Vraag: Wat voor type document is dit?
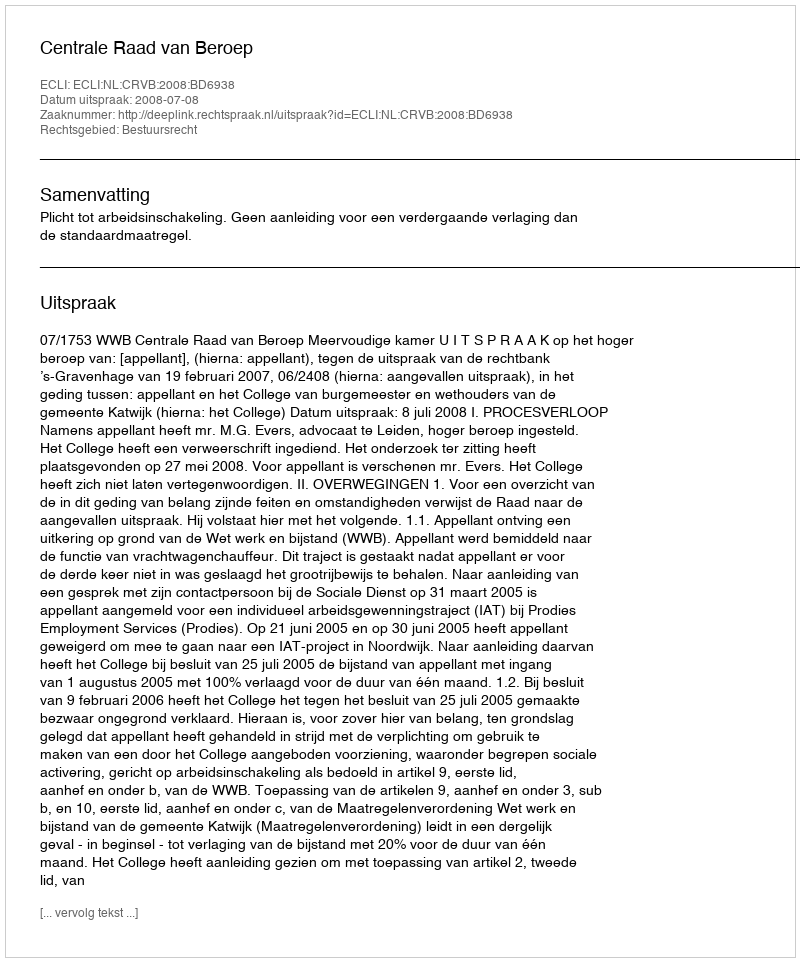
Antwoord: Uitspraak